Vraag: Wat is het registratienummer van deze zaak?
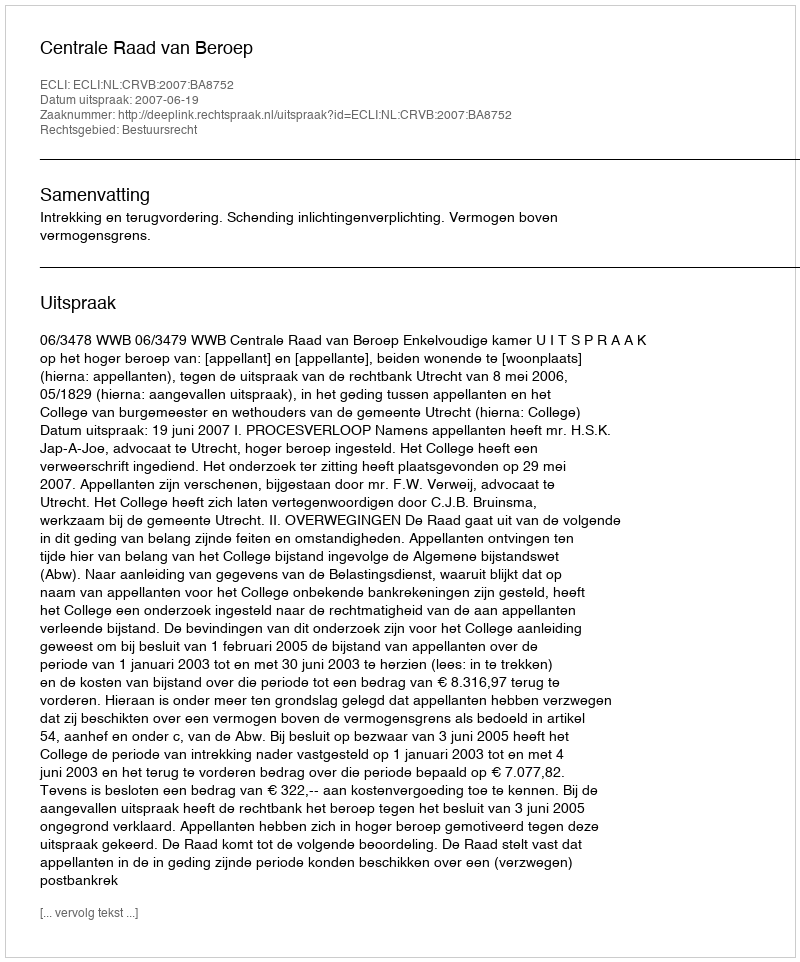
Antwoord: http://deeplink.rechtspraak.nl/uitspraak?id=ECLI:NL:CRVB:2007:BA8752